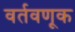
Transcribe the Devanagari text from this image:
वर्तवणूक